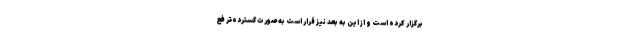
برگزار کرده است و از این به بعد نیز قرار است به صورت گسترده‌تر فع